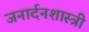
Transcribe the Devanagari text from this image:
जनार्दनशास्त्री